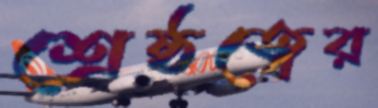
শ্রেষ্ঠত্বের